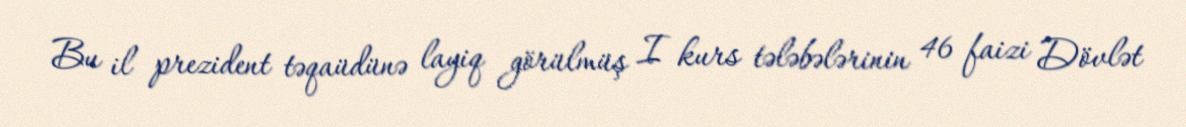
Bu il prezident təqaüdünə layiq görülmüş I kurs tələbələrinin 46 faizi Dövlət